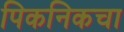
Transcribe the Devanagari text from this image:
पिकनिकचा